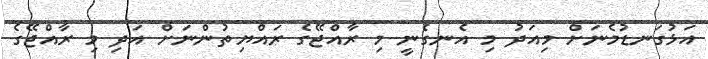
އަޅުގަނޑުމެނަށް މިއަދު މި އެނގެނީ މި ރާއްޖޭގެ ރައްޔިތުންނަށް އަދި މި ރާއްޖޭގެ